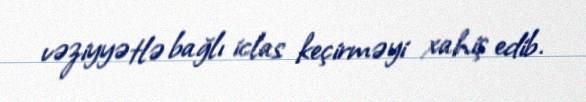
vəziyyətlə bağlı iclas keçirməyi xahiş edib.